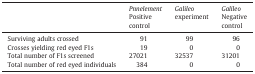
<table><thead><tr><td></td><td><b><i>Pnnelement</i>Positive control</b></td><td><b><i>Galileo</i> experiment</b></td><td><b><i>Galileo</i>Negative control</b></td></tr></thead><tbody><tr><td>Surviving adults crossed</td><td>91</td><td>99</td><td>96</td></tr><tr><td>Crosses yielding red eyed F1s</td><td>19</td><td>0</td><td>0</td></tr><tr><td>Total number of F1s screened</td><td>27021</td><td>32537</td><td>31201</td></tr><tr><td>Total number of red eyed individuals</td><td>384</td><td>0</td><td>0</td></tr></tbody></table>